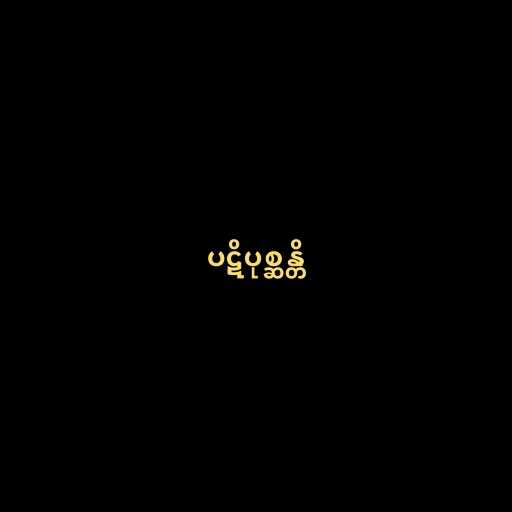
ပဋိပုစ္ဆန္တိ